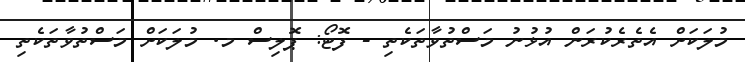
މުލަކަށް އެތެރެކުރަން އުޅުނު މަސްތުވާތަކެތި - ފޮޓޯ: ޕޮލިސް މ. މުލަކަށް މަސްތުވާތަކެތި